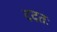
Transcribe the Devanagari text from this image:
ददतः